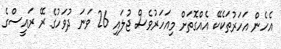
އެހެން އަހަރުތަކެކޭ އެއްގޮތަށް މިއަހަރުވެސް ޖުލައި 26 ވަނަ ދުވަހުގެ ރޭ ރައީސްގެ